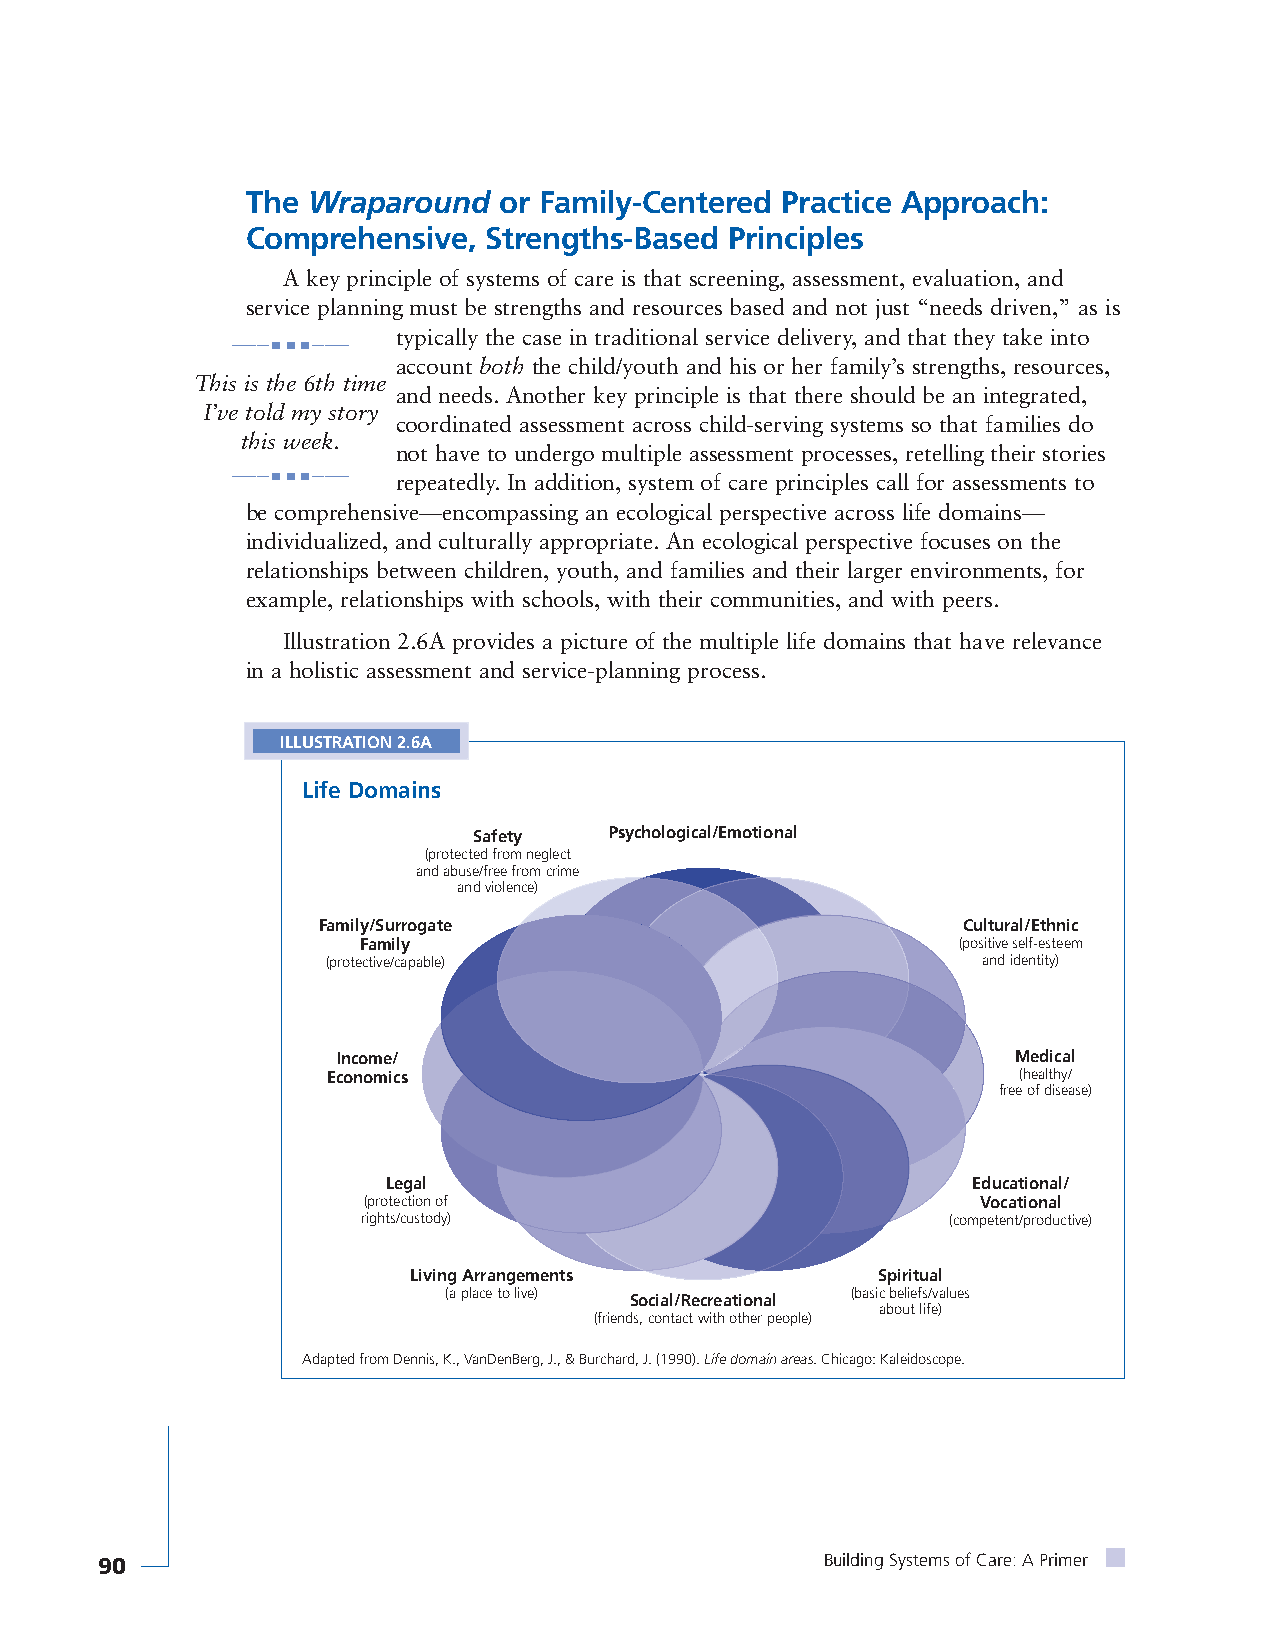
The Wraparound   or Family-Centered Practice Approach:
 Comprehensive,  Strengths-Based Principles
 A key principle of systems of care is that screening, assessment, evaluation, and
 service planning must be strengths and resources based and not just “needs driven,” as is
 typically the case in traditional service delivery, and that they take into
 ———■ ■ ■———
 account both the child/youth and his or her family’s strengths, resources,
 This is the 6th time
 and needs. Another key principle is that there should be an integrated,
 I’ve told my story
 coordinated assessment across child-serving systems so that families do
 this week.
 not have to undergo multiple assessment processes, retelling their stories
 ———■ ■ ■——— repeatedly. In addition, system of care principles call for assessments to
 be comprehensive—encompassing an ecological perspective across life domains—
 individualized, and culturally appropriate. An ecological perspective focuses on the
 relationships between children, youth, and families and their larger environments, for
 example, relationships with schools, with their communities, and with peers.
 Illustration 2.6A provides a picture of the multiple life domains that have relevance
 in a holistic assessment and service-planning process.
 ILLUSTRATION 2.6A
 Life Domains
 Safety   Psychological/Emotional
 (protected from neglect
 and abuse/free from crime
 and violence)
 Family/Surrogate                           Cultural/Ethnic
 Family                                 (positive self-esteem
 (protective/capable)                       and identity)
 Income/                                      Medical
 Economics                                    (healthy/
 free of disease)
 Legal                                 Educational/
 (protection of                           Vocational
 rights/custody)                        (competent/productive)
 Living Arrangements            Spiritual
 (a place to live)          (basic beliefs/values
 Social/Recreational
 about life)
 (friends, contact with other people)
 Adapted from Dennis, K., VanDenBerg, J., & Burchard, J. (1990). Life domain areas. Chicago: Kaleidoscope.
 90                                               Building Systems of Care: A Primer